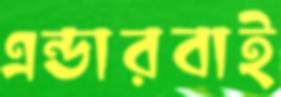
এন্ডারবাই